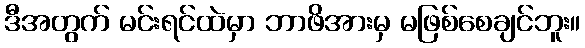
ဒီအတွက် မင်းရင်ထဲမှာ ဘာဖိအားမှ မဖြစ်စေချင်ဘူး။